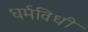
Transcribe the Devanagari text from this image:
धर्मविधी